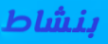
بنشاط